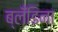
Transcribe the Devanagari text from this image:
ब्लँडिना